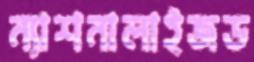
ন্যাশনালাইজড